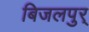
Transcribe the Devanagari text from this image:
बिजलपुर्